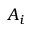
A _ { i }